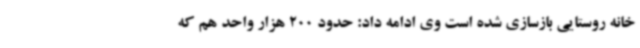
خانه روستایی بازسازی شده است وی ادامه داد: حدود 200 هزار واحد هم که